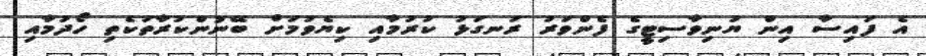
އެ ފައިސާ އިން ޔުނިވާސިޓީގެ ފެންވަރު ރަނގަޅު ކުރުމާއި ކިޔެވުމަށް ބޭނުންކުރާތަކެތި ހޯދުމާއި